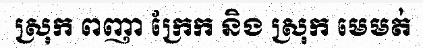
ស្រុក ពញា ក្រែក និង ស្រុក មេមត់